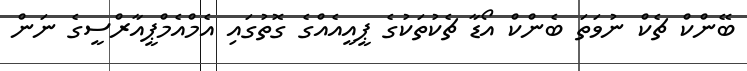
ބޭންކް ޗެކް ނުވަތަ ބެންކް އޯޑާ ޗެކުތަކުގެ ޕީއީއެއްގެ ގޮތުގައި އެމްއެމްޕީއާރްސީގެ ނަން